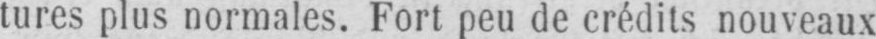
tures plus normales. Fort peu de crédits nouveaux